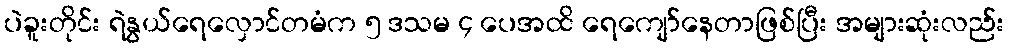
ပဲခူးတိုင်း ရဲနွယ်ရေလှောင်တမံက ၅ ဒသမ ၄ ပေအထိ ရေကျော်နေတာဖြစ်ပြီး အများဆုံးလည်း